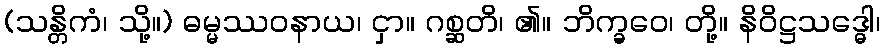
(သန္တိကံ၊ သို့။) ဓမ္မဿဝနာယ၊ ငှာ။ ဂစ္ဆတိ၊ ၏။ ဘိက္ခဝေ၊ တို့။ နိဝိဋ္ဌသဒ္ဓေါ၊